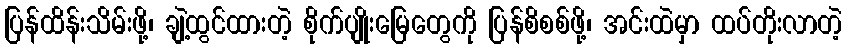
ပြန်ထိန်းသိမ်းဖို့၊ ချဲ့ထွင်ထားတဲ့ စိုက်ပျိုးမြေတွေကို ပြန်စိစစ်ဖို့၊ အင်းထဲမှာ ထပ်တိုးလာတဲ့